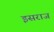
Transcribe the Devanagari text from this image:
इसराज